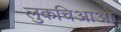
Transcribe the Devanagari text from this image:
लुकचिआओ